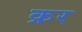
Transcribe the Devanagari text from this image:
क्रर